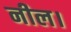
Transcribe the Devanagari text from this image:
नील।